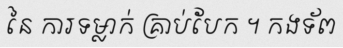
នៃ ការទម្លាក់ គ្រាប់បែក ។ កងទ័ព